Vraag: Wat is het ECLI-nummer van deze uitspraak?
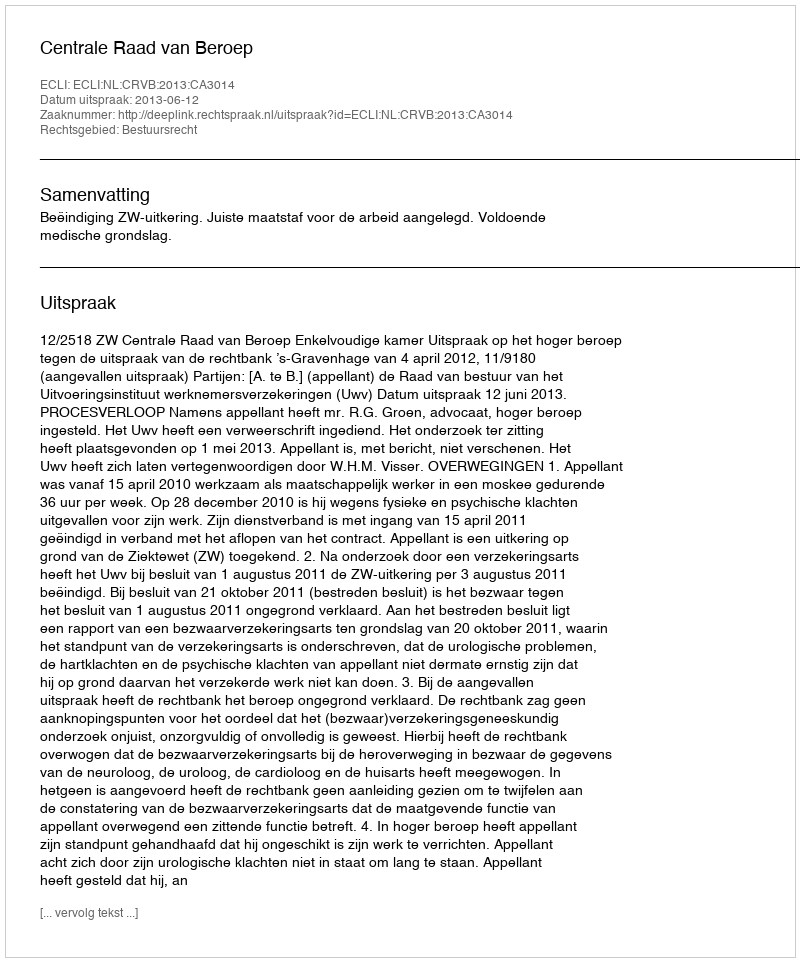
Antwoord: ECLI:NL:CRVB:2013:CA3014